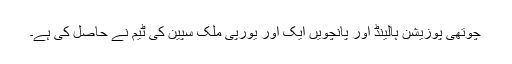
چوتھی پوزیشن ہالینڈ اور پانچویں ایک اور یورپی ملک سپین کی ٹیم نے حاصل کی ہے۔